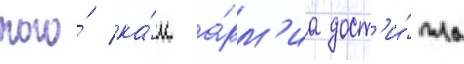
того́ ка́к а́рм'иа дост'и́гла